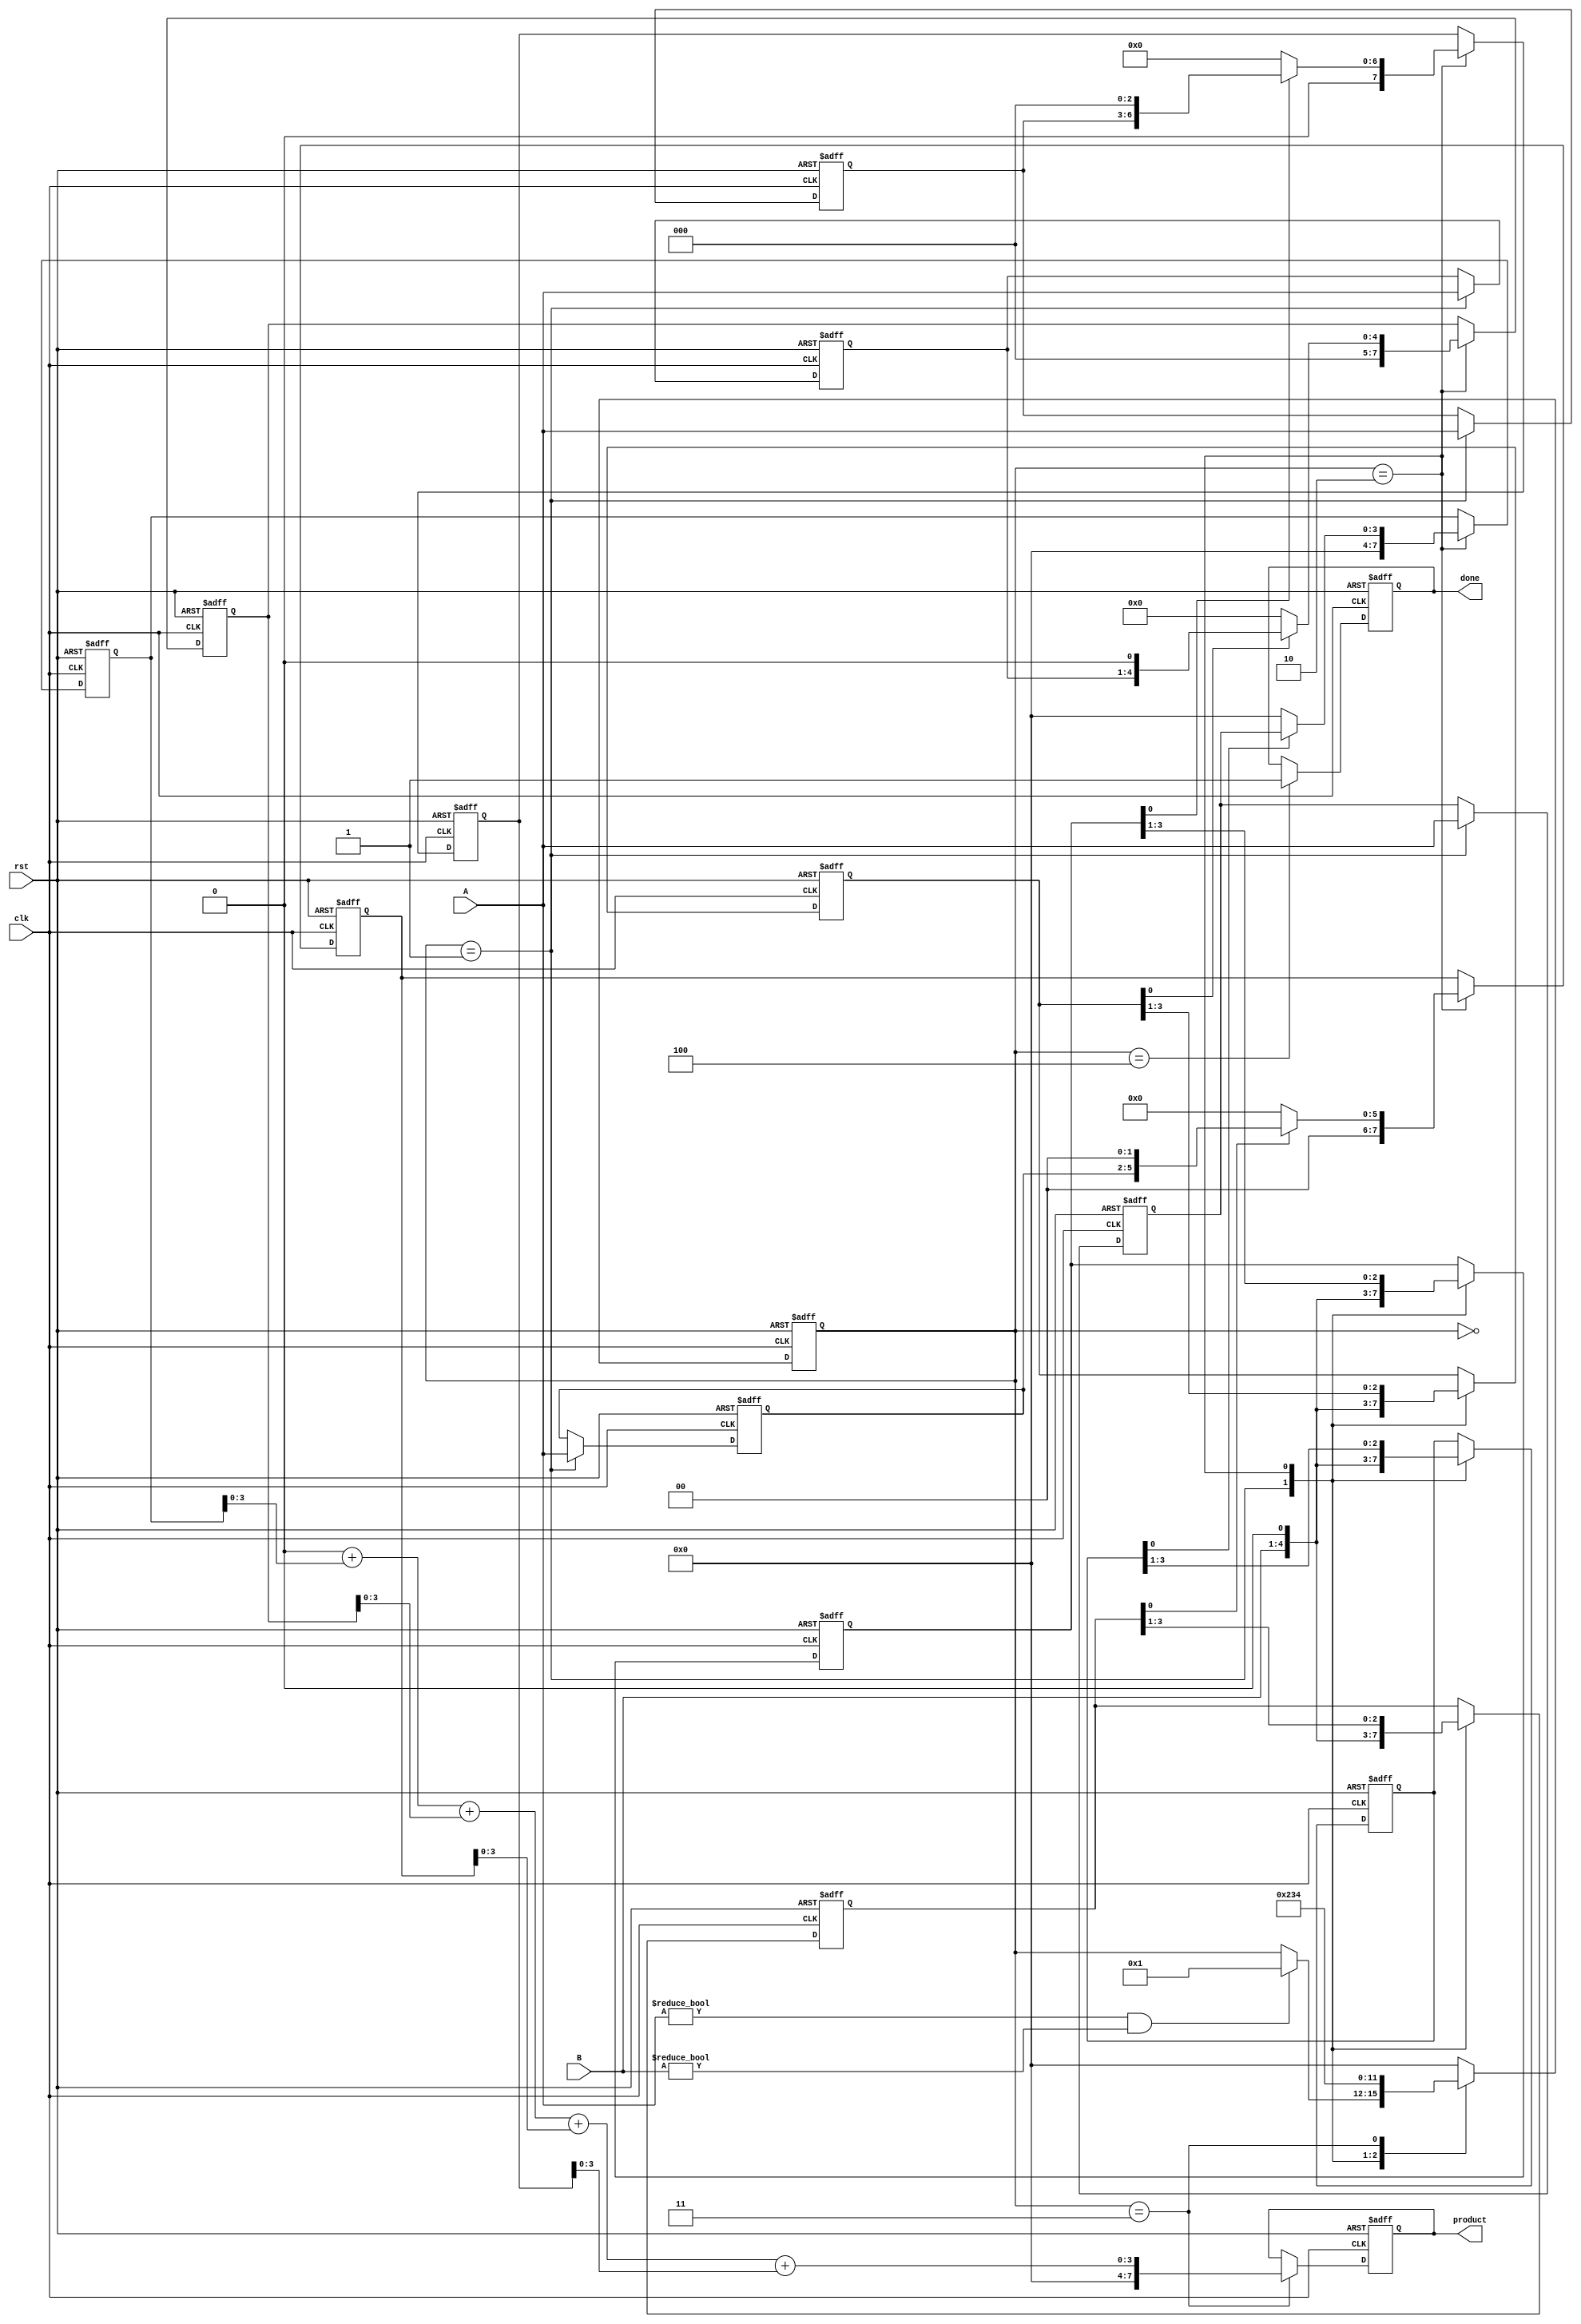
module systolic_multiplier #(
    parameter WIDTH = 4 // Bit-width of the operands
)(
    input clk,
    input rst,
    input [WIDTH-1:0] A,
    input [WIDTH-1:0] B,
    output reg [2*WIDTH-1:0] product,
    output reg done
);

    // Internal signals
    reg [WIDTH-1:0] a_reg [0:WIDTH-1]; // Shift registers for A
    reg [WIDTH-1:0] b_reg [0:WIDTH-1]; // Shift registers for B
    reg [2*WIDTH-1:0] partial_products [0:WIDTH-1]; // Partial products
    reg [WIDTH-1:0] row_sum; // Accumulated sum of partial products
    integer i, j;

    // Control signals
    reg [3:0] state;
    localparam IDLE = 4'b0000,
               LOAD = 4'b0001,
               COMPUTE = 4'b0010,
               ACCUMULATE = 4'b0011,
               DONE = 4'b0100;

    // Sequential logic for state machine
    always @(posedge clk or posedge rst) begin
        if (rst) begin
            state <= IDLE;
            product <= 0;
            done <= 0;
            for (i = 0; i < WIDTH; i = i + 1) begin
                a_reg[i] <= 0;
                b_reg[i] <= 0;
                partial_products[i] <= 0;
            end
        end else begin
            case (state)
                IDLE: begin
                    if (A != 0 && B != 0) begin
                        state <= LOAD;
                    end
                end

                LOAD: begin
                    // Load A and B into shift registers
                    for (i = 0; i < WIDTH; i = i + 1) begin
                        a_reg[i] <= A;
                        b_reg[i] <= B;
                    end
                    state <= COMPUTE;
                end

                COMPUTE: begin
                    // Generate partial products
                    for (i = 0; i < WIDTH; i = i + 1) begin
                        if (b_reg[i][0]) begin
                            partial_products[i] <= a_reg[i] << i; // Shift A by i
                        end else begin
                            partial_products[i] <= 0;
                        end
                        // Shift B for next bit
                        b_reg[i] <= {1'b0, b_reg[i][WIDTH-1:1]};
                    end
                    state <= ACCUMULATE;
                end

                ACCUMULATE: begin
                    // Accumulate partial products
                    row_sum = 0;
                    for (i = 0; i < WIDTH; i = i + 1) begin
                        row_sum = row_sum + partial_products[i];
                    end
                    product <= row_sum;
                    state <= DONE;
                end

                DONE: begin
                    done <= 1; // Indicate multiplication is done
                    state <= IDLE; // Reset state
                end

                default: state <= IDLE;
            endcase
        end
    end
endmodule